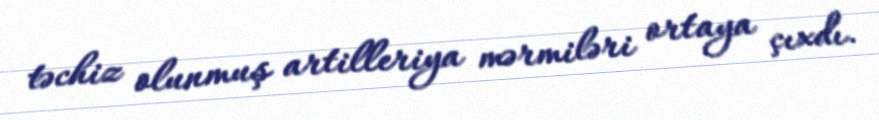
təchiz olunmuş artilleriya mərmiləri ortaya çıxdı.